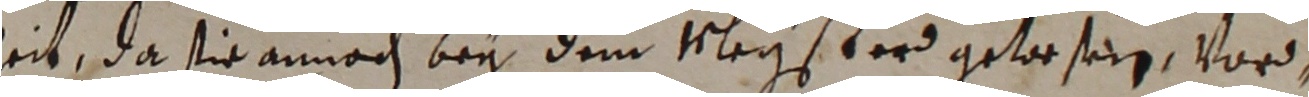
eit, da sie annach bey dem Negsterd gewesen vor